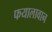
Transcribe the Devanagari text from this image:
फयालावान